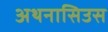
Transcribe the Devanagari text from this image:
अथनासिउस